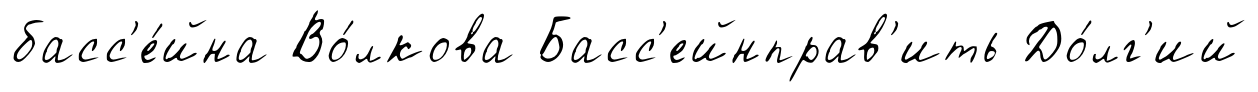
басс'е́йна Во́лкова Басс'ейнправ'ить До́лг'ий